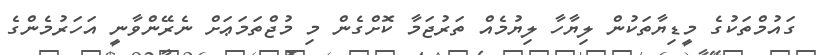
ގައުމްތަކުގެ މީޑިޔާތަކުން ލިޔާހާ ލިޔުމެެއް ތަރުޖަމާ ކޮށްގެން މި މުޖްތަމަޢަށް ނެރޭންވާނީ އަހަރުމެންގެ